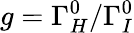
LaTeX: g=\Gamma_{H}^{0}/\Gamma_{I}^{0}